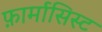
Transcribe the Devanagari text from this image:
फ़ार्मासिस्ट